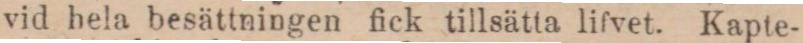
vid hela besättningen fick tillsätta lifvet. Kapte-